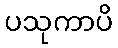
ပသုကာပိ